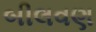
બીલવણ